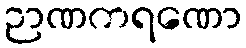
ဉာဏကရဏော